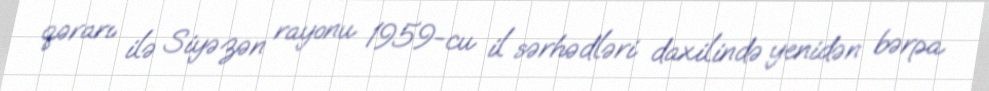
qərarı ilə Siyəzən rayonu 1959-cu il sərhədləri daxilində yenidən bərpa